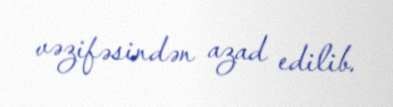
vəzifəsindən azad edilib.